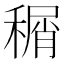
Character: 𬓹